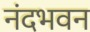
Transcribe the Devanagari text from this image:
नंदभवन